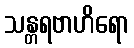
သန္တရဗာဟိရော